Vaccination in Bombay 1856-1862 - 1856-1862
Year: 1856
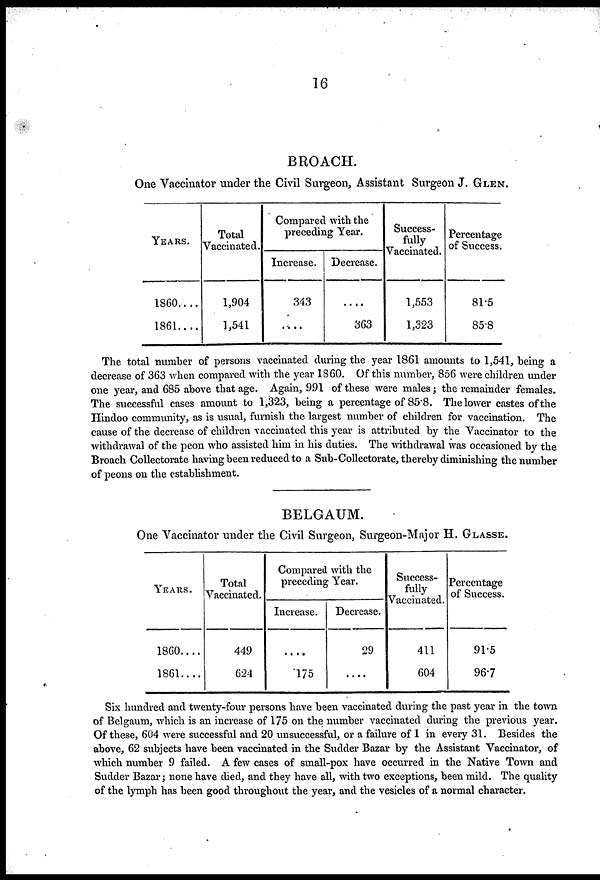
16
BROACH.
One Vaccinator under the Civil Surgeon, Assistant Surgeon J. GLEN.
YEARS.
1860....
1861....
Total
Vaccinated.
1,904
1,541
Compared with the
preceding Year.
Increase.
343
....
Decrease.
....
363
Success-
fully
Vaccinated.
1,553
1,323
Percentage
of Success.
81.5
85.8
The total number of persons vaccinated during the year 1861 amounts to 1,541, being a
decrease of 363 when compared with the year 1860. Of this number, 856 were children under
one year, and 685 above that age. Again, 991 of these were males ; the remainder females.
The successful cases amount to 1,323, being a percentage of 85.8. The lower castes of the
Hindoo community, as is usual, furnish the largest number of children for vaccination. The
cause of the decrease of children vaccinated this year is attributed by the Vaccinator to the
withdrawal of the peon who assisted him in his duties. The withdrawal was occasioned by the
Broach Collectorate having been reduced to a Sub-Collectorate, thereby diminishing the number
of peons on the establishment.
BELGAUM.
One Vaccinator under the Civil Surgeon, Surgeon-Major H. GLASSE.
YEARS.
1860....
1861....
Total
Vaccinated.
449
624
Compared with the
preceding Year.
Increase.
....
175
Decrease.
29
....
Success-
fully
Vaccinated.
411
604
Percentage
of Success.
91.5
96.7
Six hundred and twenty-four persons have been vaccinated during the past year in the town
of Belgaum, which is an increase of 175 on the number vaccinated during the previous year.
Of these, 604 were successful and 20 unsuccessful, or a failure of 1 in every 31. Besides the
above, 62 subjects have been vaccinated in the Sudder Bazar by the Assistant Vaccinator, of
which number 9 failed. A few cases of small-pox have occurred in the Native Town and
Sudder Bazar; none have died, and they have all, with two exceptions, been mild. The quality
of the lymph has been good throughout the year, and the vesicles of a normal character.